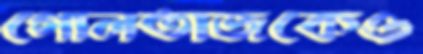
গোলতাজকেও